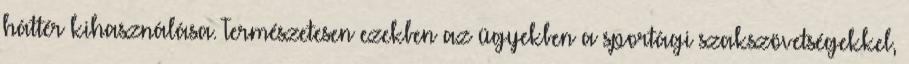
háttér kihasználása. Természetesen ezekben az ügyekben a sportági szakszövetségekkel,